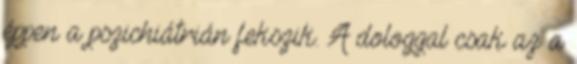
éppen a pszichiátrián fekszik. A dologgal csak az a